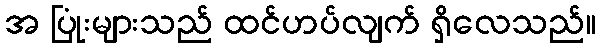
အ ပြုံးများသည် ထင်ဟပ်လျက် ရှိလေသည်။